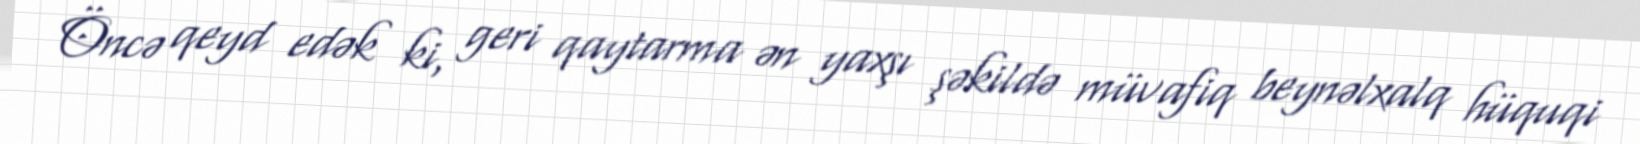
Öncə qeyd edək ki, geri qaytarma ən yaxşı şəkildə müvafiq beynəlxalq hüquqi